Vaccine operations Central Provinces 1868-1885 - 1868-1885
Year: 1868
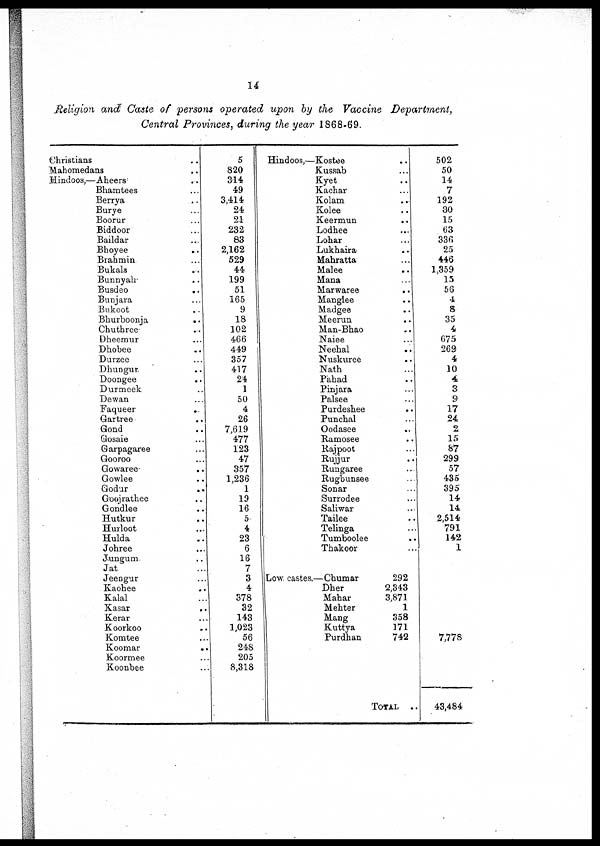
14
Religion and Caste of persons operated upon by the Vaccine Department,
Central Provinces, during the year 1868-69.
Christians... ...
Mahomedans...
...
Hindoos,—Aheers... ...
Bhamtees... ...
Berrya... ...
Burye...
Boorur... ...
Biddoor... ...
Baildar... ...
Bhoyee...
...
Brahmin... ...
Bukals...
...
Bunnyah...
...
Busdeo...
...
Bunjara... ...
Bukoot... ...
Bhurboonja...
...
Chuthree... ...
Dheemur... ...
Dhobee... ...
Durzee... ...
Dhungur... ...
Doongee... ...
Durmeek... ...
Dewan... ...
Faqueer...
...
Gartree...
...
Gond... ...
Gosaie... ...
Garpagaree... ...
Gooroo... ...
Gowaree...
...
Gowlee... ...
Godur...
...
Goojrathee... ...
Gondlee... ...
Hutkur... ...
Hurloot... ...
Hulda...
...
Johree... ...
Jungum... ...
Jat... ...
Jeengur... ...
Kaohee... ...
Kalal... ...
Kasar...
...
Kerar... ...
Koorkoo... ...
Komtee... ...
Koomar...
...
Koormee... ...
Koonbee... ...
5
820
314
49
3,414
24
21
232
83
2,162
529
44
199
51
165
9
18
102
466
449
357
417
24
1
50
4
26
7,619
477
123
47
357
1,236
1
19
16
5
4
23
6
16
7
3
4
378
32
143
1,023
56
248
205
8,318
Hindoos,—Kostee
Kussab
Kyet
Kachar
Kolam...
Kolee
Keermun... ...
Lodhee... ...
Lohar
Lukhaira... ...
Mahratta... ...
Malee... ...
Mana... ...
Marwaree... ...
Manglee... ...
Madgee... ...
Meerun
Man-Bhao
Naiee... ...
Neehal
Nuskuree... ...
Nath... ...
Pahad... ...
Pinjara... ...
Palsee... ...
Purdeshee... ...
Punchal... ...
Oodasee... ...
Ramosee... ...
Rajpoot... ...
Rujjur... ...
Rungaree... ...
Rugbunsee... ...
Sonar... ...
Surrodee... ...
Saliwar... ...
Tailee... ...
Telinga... ...
Tumboolee... ...
Thakoor... ...
...
...
...
...
...
...
...
...
...
...
...
...
...
...
...
...
...
...
...
...
...
...
...
...
...
...
...
...
...
...
...
...
...
...
...
...
...
...
...
...
502
50
14
7
192
30
15
63
336
25
446
1,359
15
56
4
8
35
4
675
269
4
10
4
3
9
17
24
2
15
87
299
57
435
395
14
14
2,514
791
142
1
Low castes.—Chumar
Dher... ...
Mahar... ...
Mehter... ...
Mang... ...
Kuttya... ...
Purdhan... ...
292
2,343
3,871
1
358
171
742
7,778
TOTAL
..
43,484